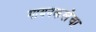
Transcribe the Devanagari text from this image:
गायनकलेचा